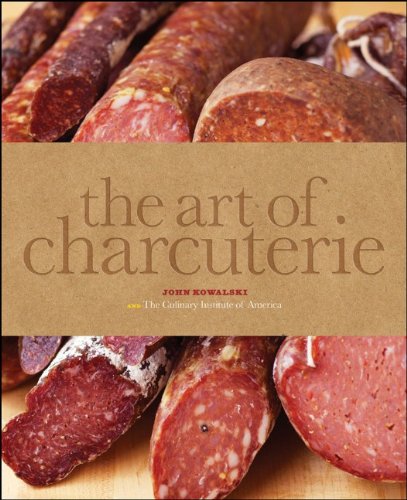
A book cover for The Art of Charcuterie; The Culinary Institute of America; Cookbooks, Food & Wine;